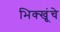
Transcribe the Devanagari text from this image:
भिक्खूंचे